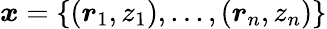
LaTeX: \boldsymbol{x}=\{ (\boldsymbol{r}_{1},z_{1}),...,(\boldsymbol{r}_{n},z_{n})\}